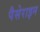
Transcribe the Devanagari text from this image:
पैसेराइन